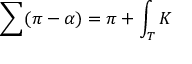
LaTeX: \sum ( \pi - \alpha ) = \pi + \int _ { T } K